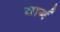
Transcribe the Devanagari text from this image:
यार्ग